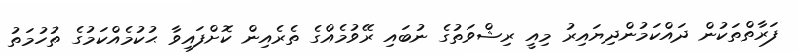
ފަރާތްތަކުން ދައްކަމުންދިޔައިރު މިއީ ރިޝްވަތުގެ ނުބައި ރޭވުމެއްގެ ތެރެއިން ކޮށްފައިވާ ޙުކުމެއްކަމުގެ ތުހުމަތު